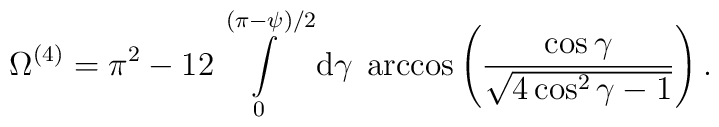
\Omega^{(4)} = \pi^2 - 12\int\limits_0^{(\pi-\psi)/2}\mbox{d}\gamma \;\arccos\left(\frac{\cos\gamma}{\sqrt{4\cos^2\gamma-1}}\right) .